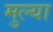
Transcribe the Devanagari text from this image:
मुल्या